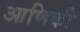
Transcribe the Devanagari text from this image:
आणिकी